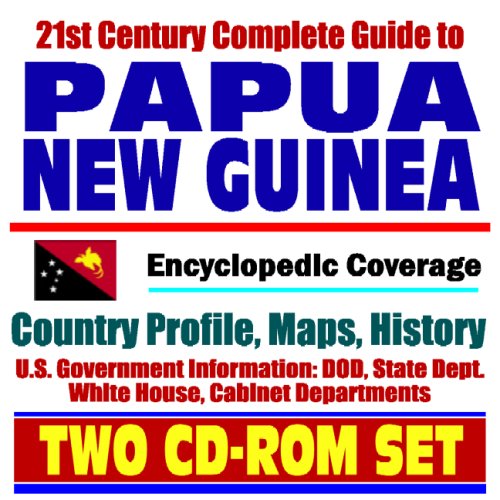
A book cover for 21st Century Complete Guide to Papua New Guinea - Encyclopedic Coverage, Country Profile, History, DOD, State Dept., White House, CIA Factbook (Two CD-ROM Set); U.S. Government; Travel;